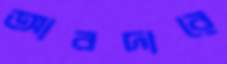
আবদারে